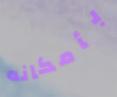
بأمكانه